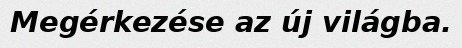
Megérkezése az új világba.